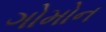
ગોમોન